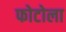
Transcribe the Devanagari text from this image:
फोटोला